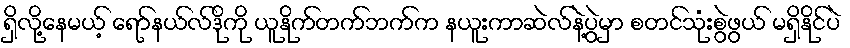
ရှိလို့နေမယ့် ရော်နယ်လ်ဒိုကို ယူနိုက်တက်ဘက်က နယူးကာဆဲလ်နဲ့ပွဲမှာ စတင်သုံးစွဲဖွယ် မရှိနိုင်ပဲ